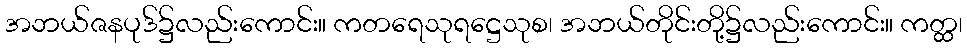
အဘယ်ဇနပုဒ်၌လည်းကောင်း။ ကတရေသုရဋ္ဌေသုစ၊ အဘယ်တိုင်းတို့၌လည်းကောင်း။ ကတ္ထ၊